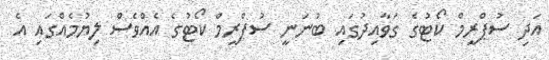
އަދި ސުޕްރީމް ކޯޓުގެ ގަވާއިދުގައި ބުނަނީ ސުޕްރީމް ކޯޓުގެ އެއްވެސް ލިޔުމެއްގައި އެ